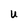
Character: U